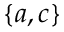
\{ a , c \}